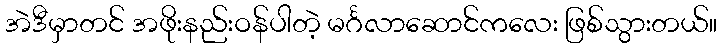
အဲဒီမှာတင် အဖိုးနည်းဝန်ပါတဲ့ မင်္ဂလာဆောင်ကလေး ဖြစ်သွားတယ်။